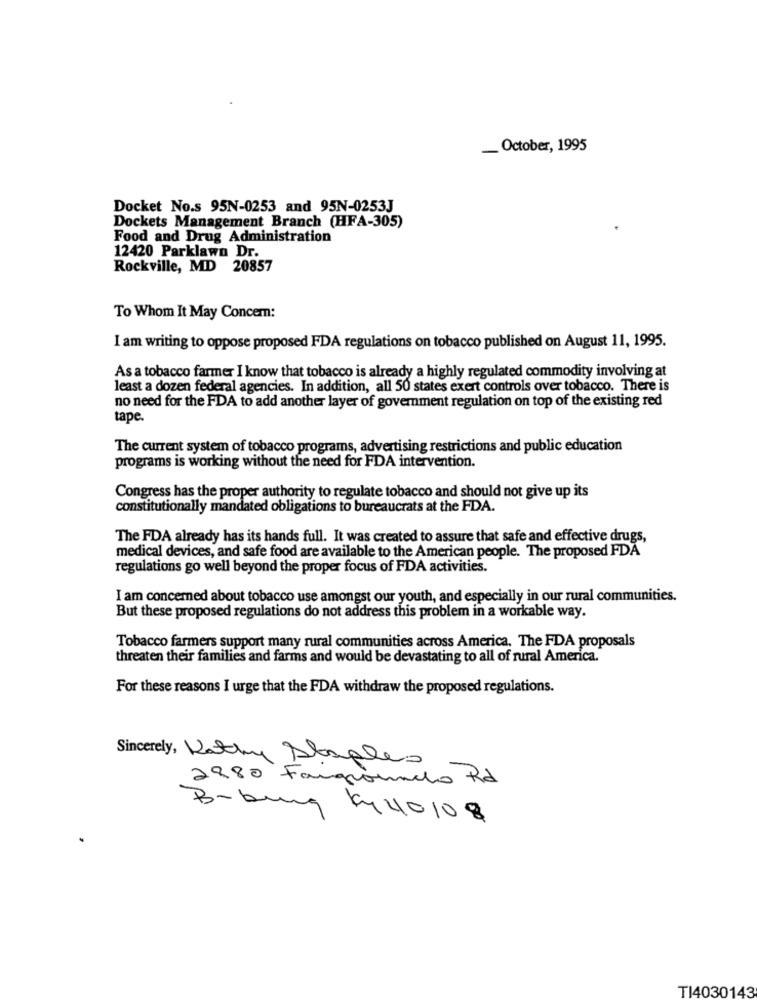
_ October, 1995
Docket No.s 95N-0253 and 95N-0253J
Dockets Management Branch (HFA-305)
Food and Drug Administration
12420 Parklawn Dr.
Rockville, MD 20857
To Whom It May Concern:
I am writing to oppose proposed FDA regulations on tobacco published on August 11, 1995.
As a tobacco farmer I know that tobacco is already a highly regulated commodity involving at
least a dozen federal agencies. In addition, all 50 states exert controls over tobacco. There is
no need for the FDA to add another layer of government regulation on top of the existing red
tape.
The current system of tobacco programs, advertising restrictions and public education
programs is working without the need for FDA intervention.
Congress has the proper authority to regulate tobacco and should not give up its
constitutionally mandated obligations to bureaucrats at the FDA.
The FDA already has its hands full. It was created to assure that safe and effective drugs,
medical devices, and safe food are available to the American people. The proposed FDA
regulations go well beyond the proper focus of FDA activities.
I am concerned about tobacco use amongst our youth, and especially in our rural communities.
But these proposed regulations do not address this problem in a workable way.
Tobacco farmers support many rural communities across America. The FDA proposals
threaten their families and farms and would be devastating to all of rural America.
For these reasons I urge that the FDA withdraw the proposed regulations.
Sincerely, Kathy Alaples
2980 Forgionelo Rd
B-bung ky 40108
TI4030143